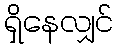
ရှိနေလျှင်